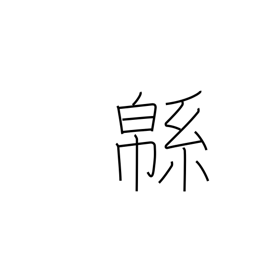
Meaning: cotton